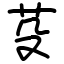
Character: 芟